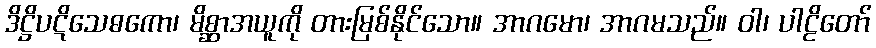
ဒိဋ္ဌိပဋိသေဓကော၊ မိစ္ဆာအယူကို တားမြစ်နိုင်သော။ အာဂမော၊ အာဂမသည်။ ဝါ၊ ပါဠိတော်